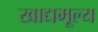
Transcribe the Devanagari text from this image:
खाद्यमूल्य